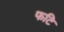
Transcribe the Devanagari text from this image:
फटि